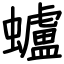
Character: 蠦